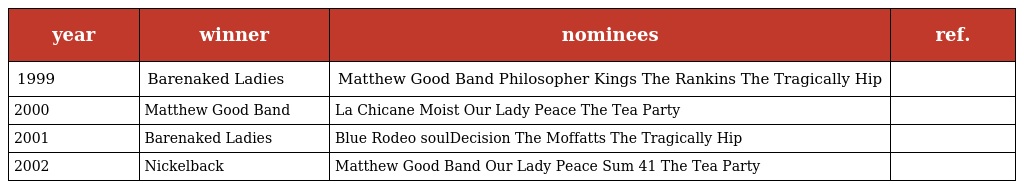
| year | winner | nominees | ref. |
 | --- | --- | --- | --- |
 | 1999 | Barenaked Ladies | Matthew Good Band Philosopher Kings The Rankins The Tragically Hip |  |
 | 2000 | Matthew Good Band | La Chicane Moist Our Lady Peace The Tea Party |  |
 | 2001 | Barenaked Ladies | Blue Rodeo soulDecision The Moffatts The Tragically Hip |  |
 | 2002 | Nickelback | Matthew Good Band Our Lady Peace Sum 41 The Tea Party |  |